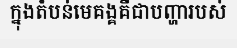
ក្នុងតំបន់មេគង្គគឺជាបញ្ហារបស់